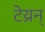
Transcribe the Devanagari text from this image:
टेय्रन्